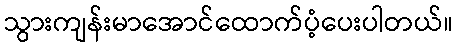
သွားကျန်းမာအောင်ထောက်ပံ့ပေးပါတယ်။